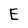
Character: E